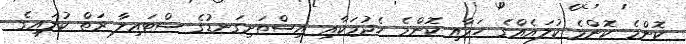
ކޮންމެ ކޮންމެ ކުލައެއްގެ ހަމާއި ކޮންމެ ހެދުމަކާއި އިސްތަށިގަނޑުގެ ސްޓައިލާ ރަތް ކުލައިގެ